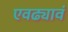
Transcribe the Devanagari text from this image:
एवढ्यावं